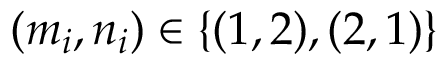
( m _ { i } , n _ { i } ) \in \{ ( 1 , 2 ) , ( 2 , 1 ) \}